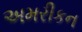
અમરીકન